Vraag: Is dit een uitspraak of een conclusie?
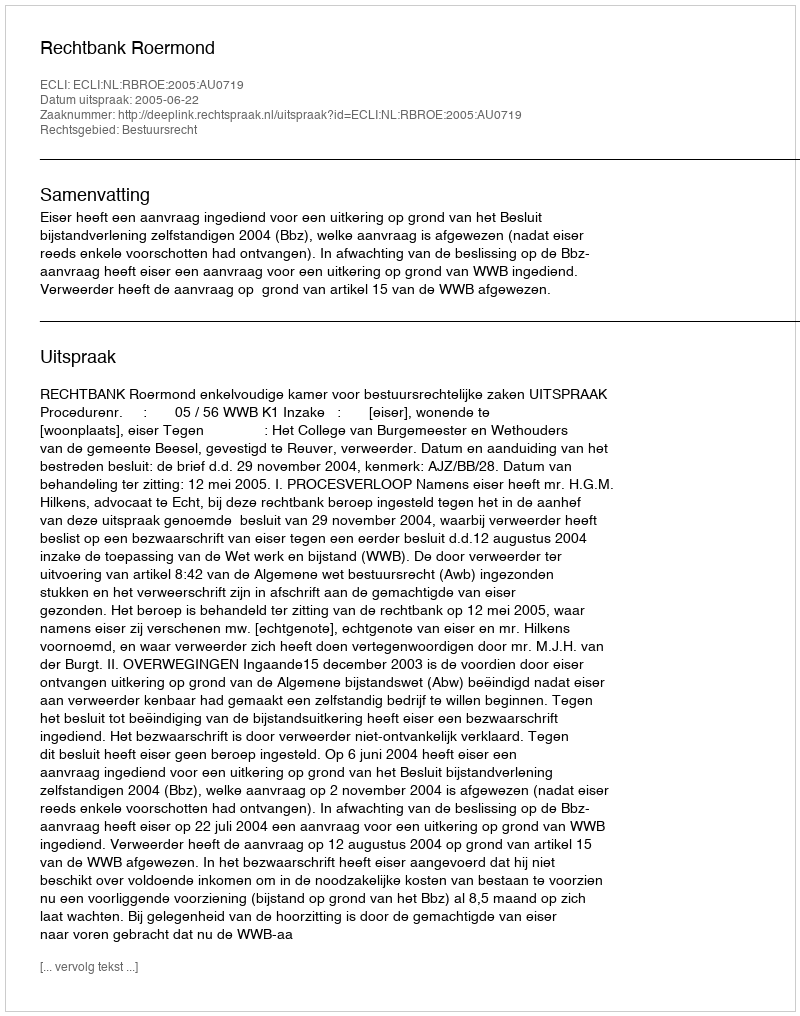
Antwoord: Uitspraak